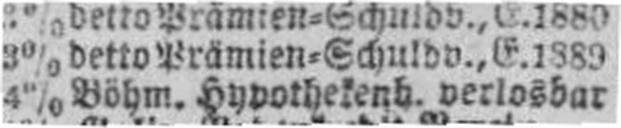
4% Böhm. Hypothekenb. verlosbar